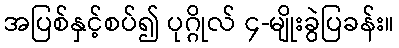
အပြစ်နှင့်စပ်၍ ပုဂ္ဂိုလ် ၄-မျိုးခွဲပြခန်း။